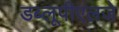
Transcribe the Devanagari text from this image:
डब्लूपीएलजे